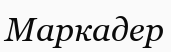
Маркадер